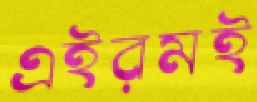
এইরমই